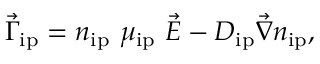
\vec { \Gamma } _ { \mathrm { i p } } = n _ { \mathrm { i p } } \, \, \mu _ { \mathrm { i p } } \, \, \vec { E } - D _ { \mathrm { i p } } \vec { \nabla } n _ { \mathrm { i p } } ,